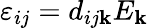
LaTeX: \varepsilon_{ij}=d_{ij\mathbf{k}}E_{\mathbf{k}}